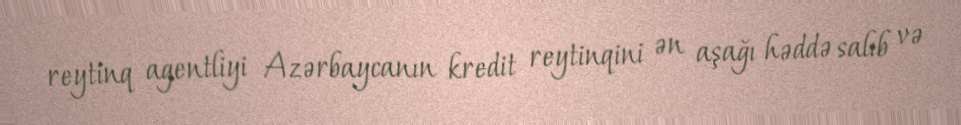
reytinq agentliyi Azərbaycanın kredit reytinqini ən aşağı həddə salıb və